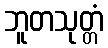
ဘူတသုတ္တံ